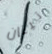
تيتان